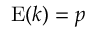
\operatorname { E } ( k ) = p